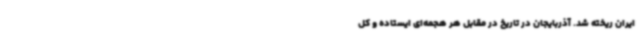
ایران ریخته شد. آذربایجان در تاریخ در مقابل هر هجمه‌ای ایستاده و کل